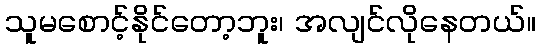
သူမစောင့်နိုင်တော့ဘူး၊ အလျင်လိုနေတယ်။